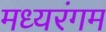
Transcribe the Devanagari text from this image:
मध्यरंगम